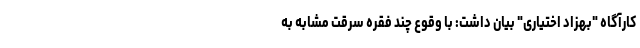
کارآگاه "بهزاد اختیاری" بیان داشت: با وقوع چند فقره سرقت مشابه به